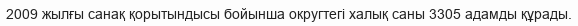
2009 жылғы санақ қорытындысы бойынша округтегі халық саны 3305 адамды құрады.